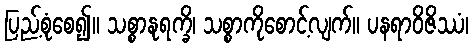
ပြည့်စုံစေ၍။ သစ္စာနုရက္ခိ၊ သစ္စာကိုစောင့်လျက်။ ပနရာဝိဇိဿံ၊